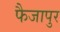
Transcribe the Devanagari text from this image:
फैजापुर